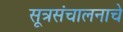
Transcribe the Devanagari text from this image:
सूत्रसंचालनाचे